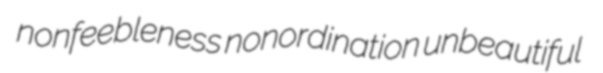
nonfeebleness nonordination unbeautiful